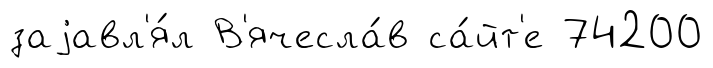
заjавл'я́л В'ячесла́в са́йт'е 74200